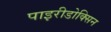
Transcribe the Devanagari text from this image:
पाइरीडोक्सिन